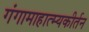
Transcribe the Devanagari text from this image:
गंगामाहात्म्यकीर्तन